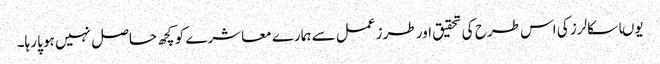
یوںا سکالرز کی اس طرح کی تحقیق اور طرز عمل سے ہمارے معاشرے کو کچھ حاصل نہیں ہو پا رہا۔